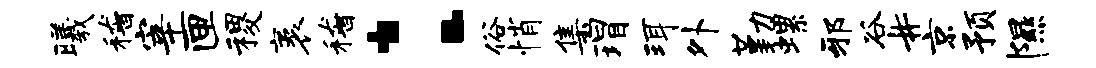
曦稽宰匣稷袤稽：俗悄集瑁珥外勤螺邪谷#京预隰